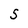
Character: S